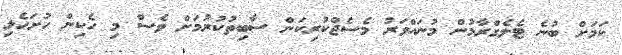
ކަމަށް ބުނެ ޓެލެގްރާމުން މުނައްވަރު މެސެޖްކުރިކަން ސާބިތުކުރުމަށް ވެސް މި ހެކިން ހުށަހެޅި